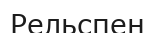
Рельспен